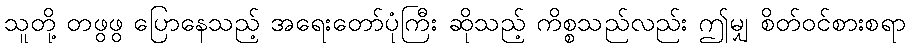
သူတို့ တဖွဖွ ပြောနေသည့် အရေးတော်ပုံကြီး ဆိုသည့် ကိစ္စသည်လည်း ဤမျှ စိတ်ဝင်စားစရာ